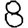
Digit: 8